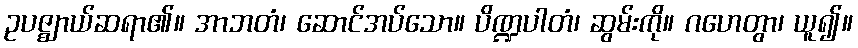
ဥပဇ္ဈာယ်ဆရာ၏။ အာဘတံ၊ ဆောင်အပ်သော။ ပိဏ္ဍပါတံ၊ ဆွမ်းကို။ ဂဟေတွာ၊ ယူ၍။